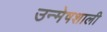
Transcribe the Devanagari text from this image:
उन्मेषशाली